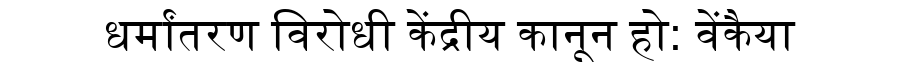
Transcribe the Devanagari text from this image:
धर्मांतरण विरोधी केंद्रीय कानून हो: वेंकैया